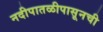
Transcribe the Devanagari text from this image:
नदीपातळीपासूनची